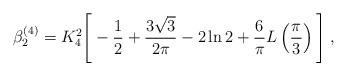
LaTeX: \begin{align*}\beta^{(4)}_2 = K_4^2 \Bigg[ - \frac{1}{2} + \frac{3 \sqrt{3}}{2 \pi} - 2 \ln 2 + \frac{6}{\pi} L \left( \frac{\pi}{3} \right) \Bigg] \; ,\end{align*}